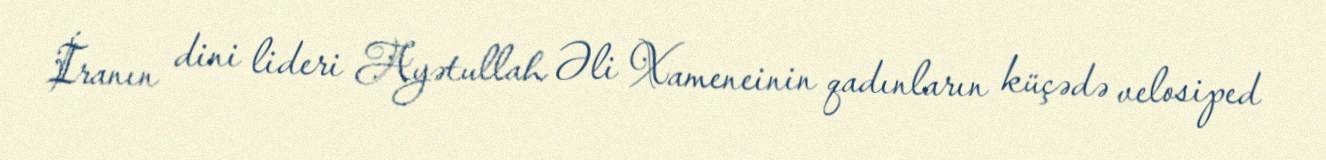
İranın dini lideri Ayətullah Əli Xameneinin qadınların küçədə velosiped